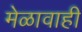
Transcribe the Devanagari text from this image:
मेळावाही